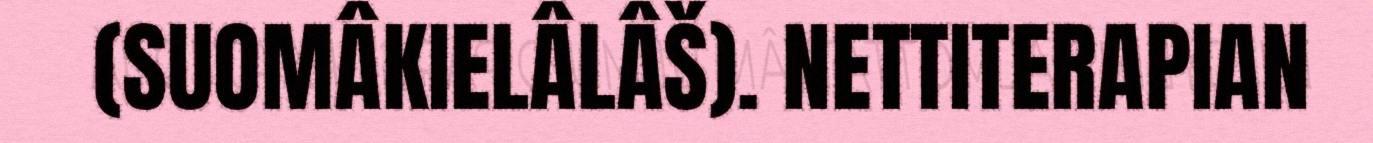
(SUOMÂKIELÂLÂŠ). NETTITERAPIAN